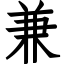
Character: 兼